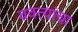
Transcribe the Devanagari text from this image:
वक्त्यांचा